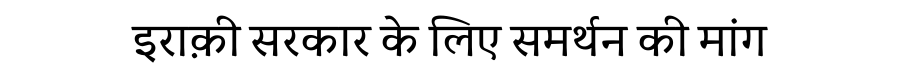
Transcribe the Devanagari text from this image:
इराक़ी सरकार के लिए समर्थन की मांग